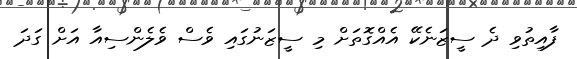
ފާއިތުވި ދެ ސީޒަނެކޭ އެއްގޮތަށް މި ސީޒަނުގައި ވެސް ވެލެންސިއާ އަށް ގަދަ